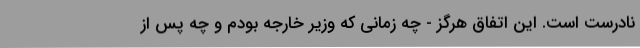
نادرست است. این اتفاق هرگز - چه زمانی که وزیر خارجه بودم و چه پس از